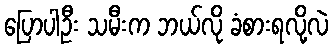
ပြောပါဦး သမီးက ဘယ်လို ခံစားရလို့လဲ